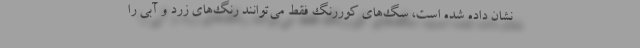
نشان داده شده است، سگ‌های کوررنگ فقط می‌توانند رنگ‌های زرد و آبی را